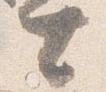
士